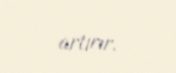
artırır.